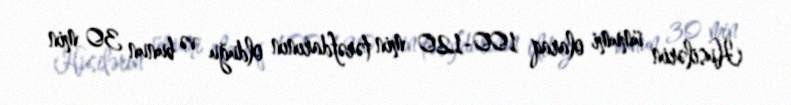
Husilərin ümumi olaraq 100-120 min tərəfdarının olduğu və bunun 30 min